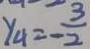
y _ { 4 } = - \frac { 3 } { 2 }